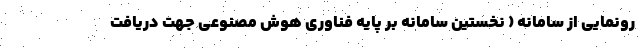
رونمایی از سامانه ( نخستین سامانه بر پایه فناوری هوش مصنوعی جهت دریافت